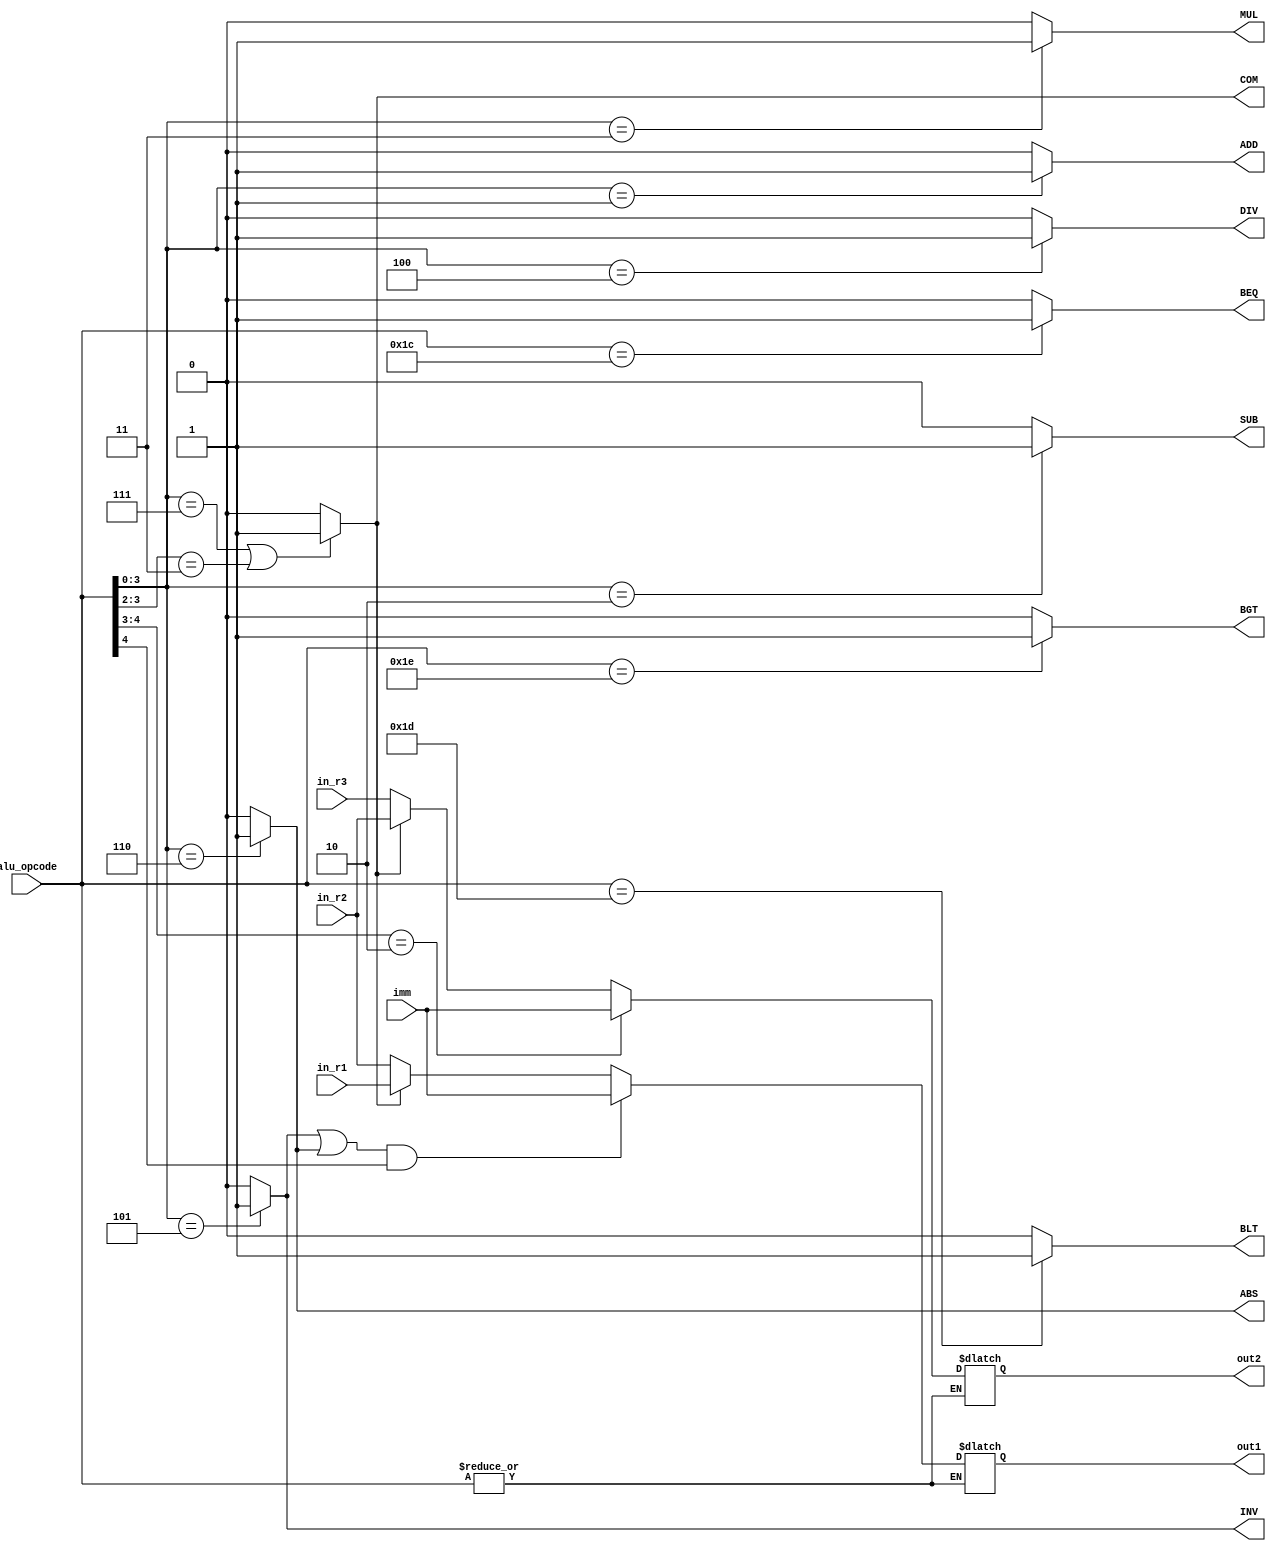
module fpu_ALU_handler (alu_opcode, in_r1 ,in_r2, in_r3, imm, out1, out2, ADD, SUB, MUL, DIV, INV, ABS, COM, BLT, BEQ, BGT);

  input [4:0] alu_opcode;
  input [31:0] in_r1 ,in_r2, in_r3, imm;
  output [31:0] out1, out2;
  output ADD, SUB, MUL, DIV, INV, ABS, COM, BLT, BEQ, BGT;
  reg [31:0] out1, out2;

  assign ADD = (alu_opcode[3:0] == 4'b0001) ? 1'b1 : 1'b0;
  assign SUB = (alu_opcode[3:0] == 4'b0010) ? 1'b1 : 1'b0;
  assign MUL = (alu_opcode[3:0] == 4'b0011) ? 1'b1 : 1'b0;
  assign DIV = (alu_opcode[3:0] == 4'b0100) ? 1'b1 : 1'b0;
  assign INV = (alu_opcode[3:0] == 4'b0101) ? 1'b1 : 1'b0;
  assign ABS = (alu_opcode[3:0] == 4'b0110) ? 1'b1 : 1'b0;
  assign COM = (alu_opcode[3:0] == 4'b0111 || alu_opcode[3:2] == 2'b11) ? 1'b1 : 1'b0;
  assign BLT = (alu_opcode == 5'b11101) ? 1'b1 : 1'b0;
  assign BEQ = (alu_opcode == 5'b11100) ? 1'b1 : 1'b0;
  assign BGT = (alu_opcode == 5'b11110) ? 1'b1 : 1'b0;


  always @ (alu_opcode) begin
    if (|alu_opcode) begin
      if ((INV || ABS) && alu_opcode[4] == 1'b1) begin // INIF , ABSIF
        out1 = imm;
      end
      else if (COM) begin // COM , BLT , BEQ, BGT
        out1 = in_r1;
      end
      else begin
        out1 = in_r2;
      end

      if (alu_opcode[4:3] == 2'b10) begin // ADDIF , SUBIF , MULIF , DIVIF , INVIF , , ABSIF
        out2 = imm;
      end
      else if (COM) begin // BLT , BEQ , BGT
        out2 = in_r2;
      end
      else begin
        out2 = in_r3;
      end
    end
  end


endmodule